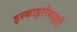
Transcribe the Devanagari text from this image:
इस्काइरोमाइडी